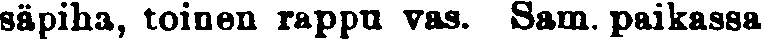
säpiha, toinen rappu vas. Sam. paikassa